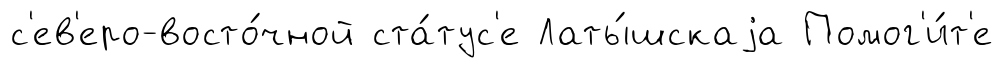
с'ев'еро-восто́чной ста́тус'е Латы́шскаjа Помог'и́т'е